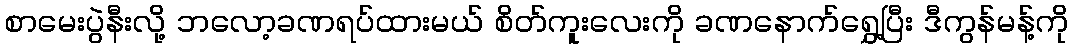
စာမေးပွဲနီးလို့ ဘလော့ခဏရပ်ထားမယ် စိတ်ကူးလေးကို ခဏနောက်ရွှေ့ပြီး ဒီကွန်မန့်ကို